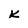
Character: K